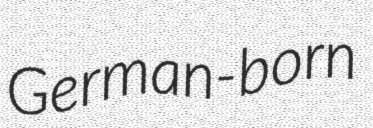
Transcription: German-born